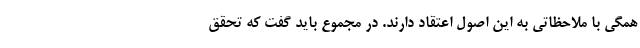
همگی با ملاحظاتی به این اصول اعتقاد دارند. در مجموع باید گفت که تحقق